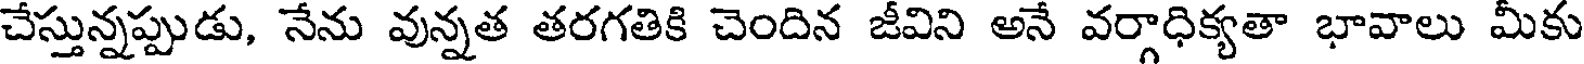
చేస్తున్నప్పుడు, నేను వున్నత తరగతికి చెందిన జీవిని అనే వర్గాధిక్యతా భావాలు మీకు